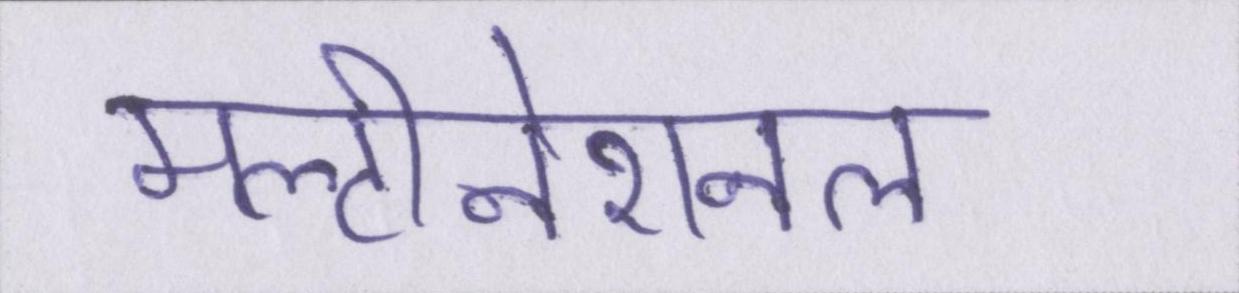
मल्टीनेशनल